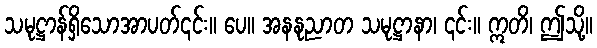
သမုဋ္ဌာန်ရှိသောအာပတ်၎င်း။ ပေ။ အနနုညာတ သမုဋ္ဌာနာ၊ ၎င်း။ ဣတိ၊ ဤသို့။